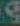
9